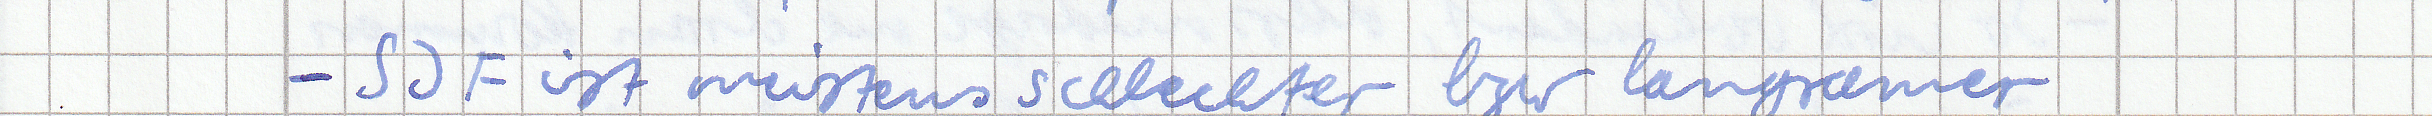
- SJF ist meistens schlechter bzw langsamer